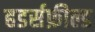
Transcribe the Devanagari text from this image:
हडर्सफ़ील्ड